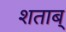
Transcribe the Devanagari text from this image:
शताब्